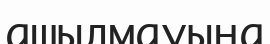
ашылмауына